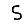
Digit: 5